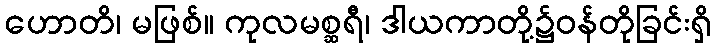
ဟောတိ၊ မဖြစ်။ ကုလမစ္ဆရီ၊ ဒါယကာတို့၌ဝန်တိုခြင်းရှိ